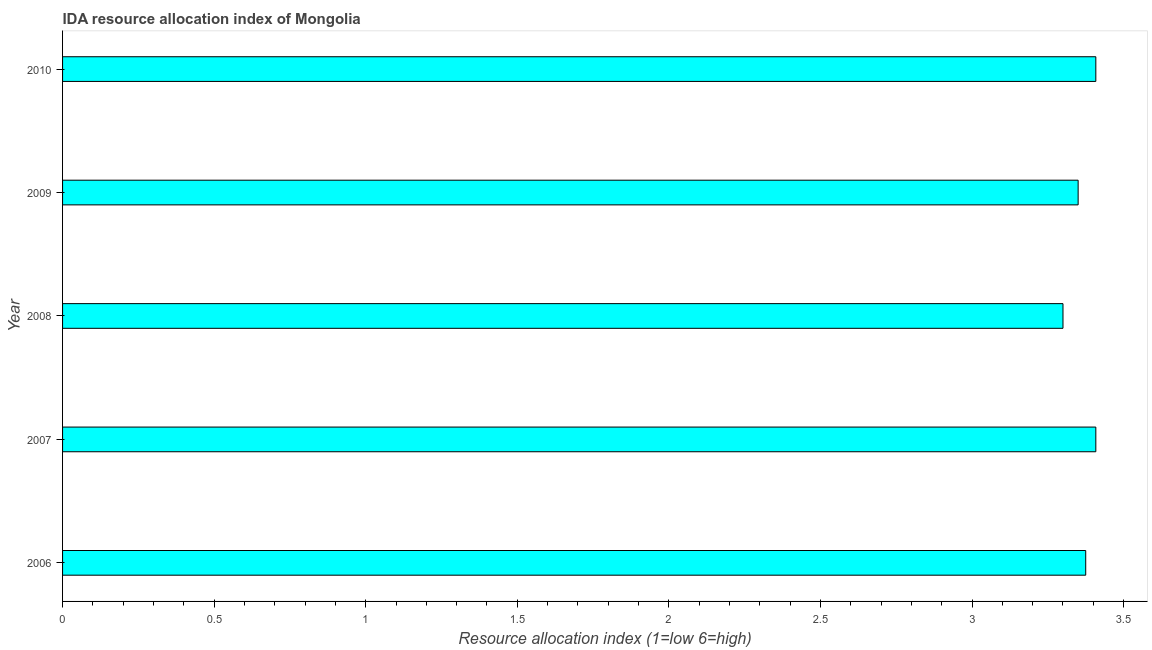
| Year | IDA resource allocation index |
 | --- | --- |
 | 2006 | 3.38 |
 | 2007 | 3.41 |
 | 2008 | 3.3 |
 | 2009 | 3.35 |
 | 2010 | 3.41 |